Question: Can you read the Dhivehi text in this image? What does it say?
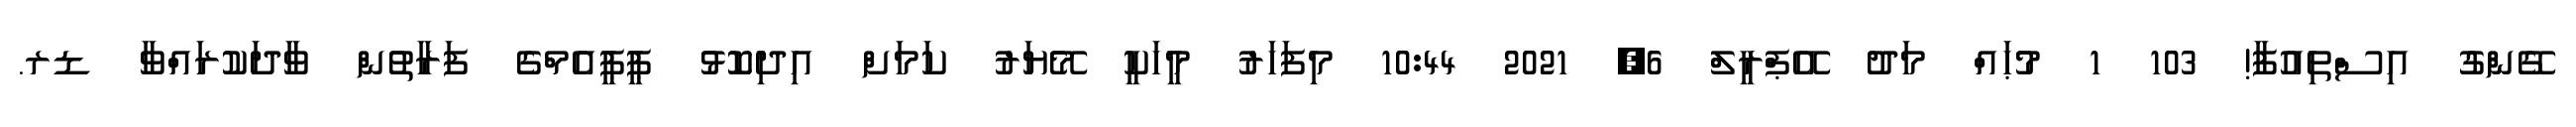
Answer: ގޭންގު އިސްތިއުފާ! 103 1 މުޙައް މަދު އޭޕްރީލް 6, 2021 10:44 މިފަހަރު މީހަކީ މޭޔަރު ކަމަށް އިދިކޮޅު ޕީޕީއެމްގެ ފަރާތުން ވާދަކުރައްވާ ޑރ.